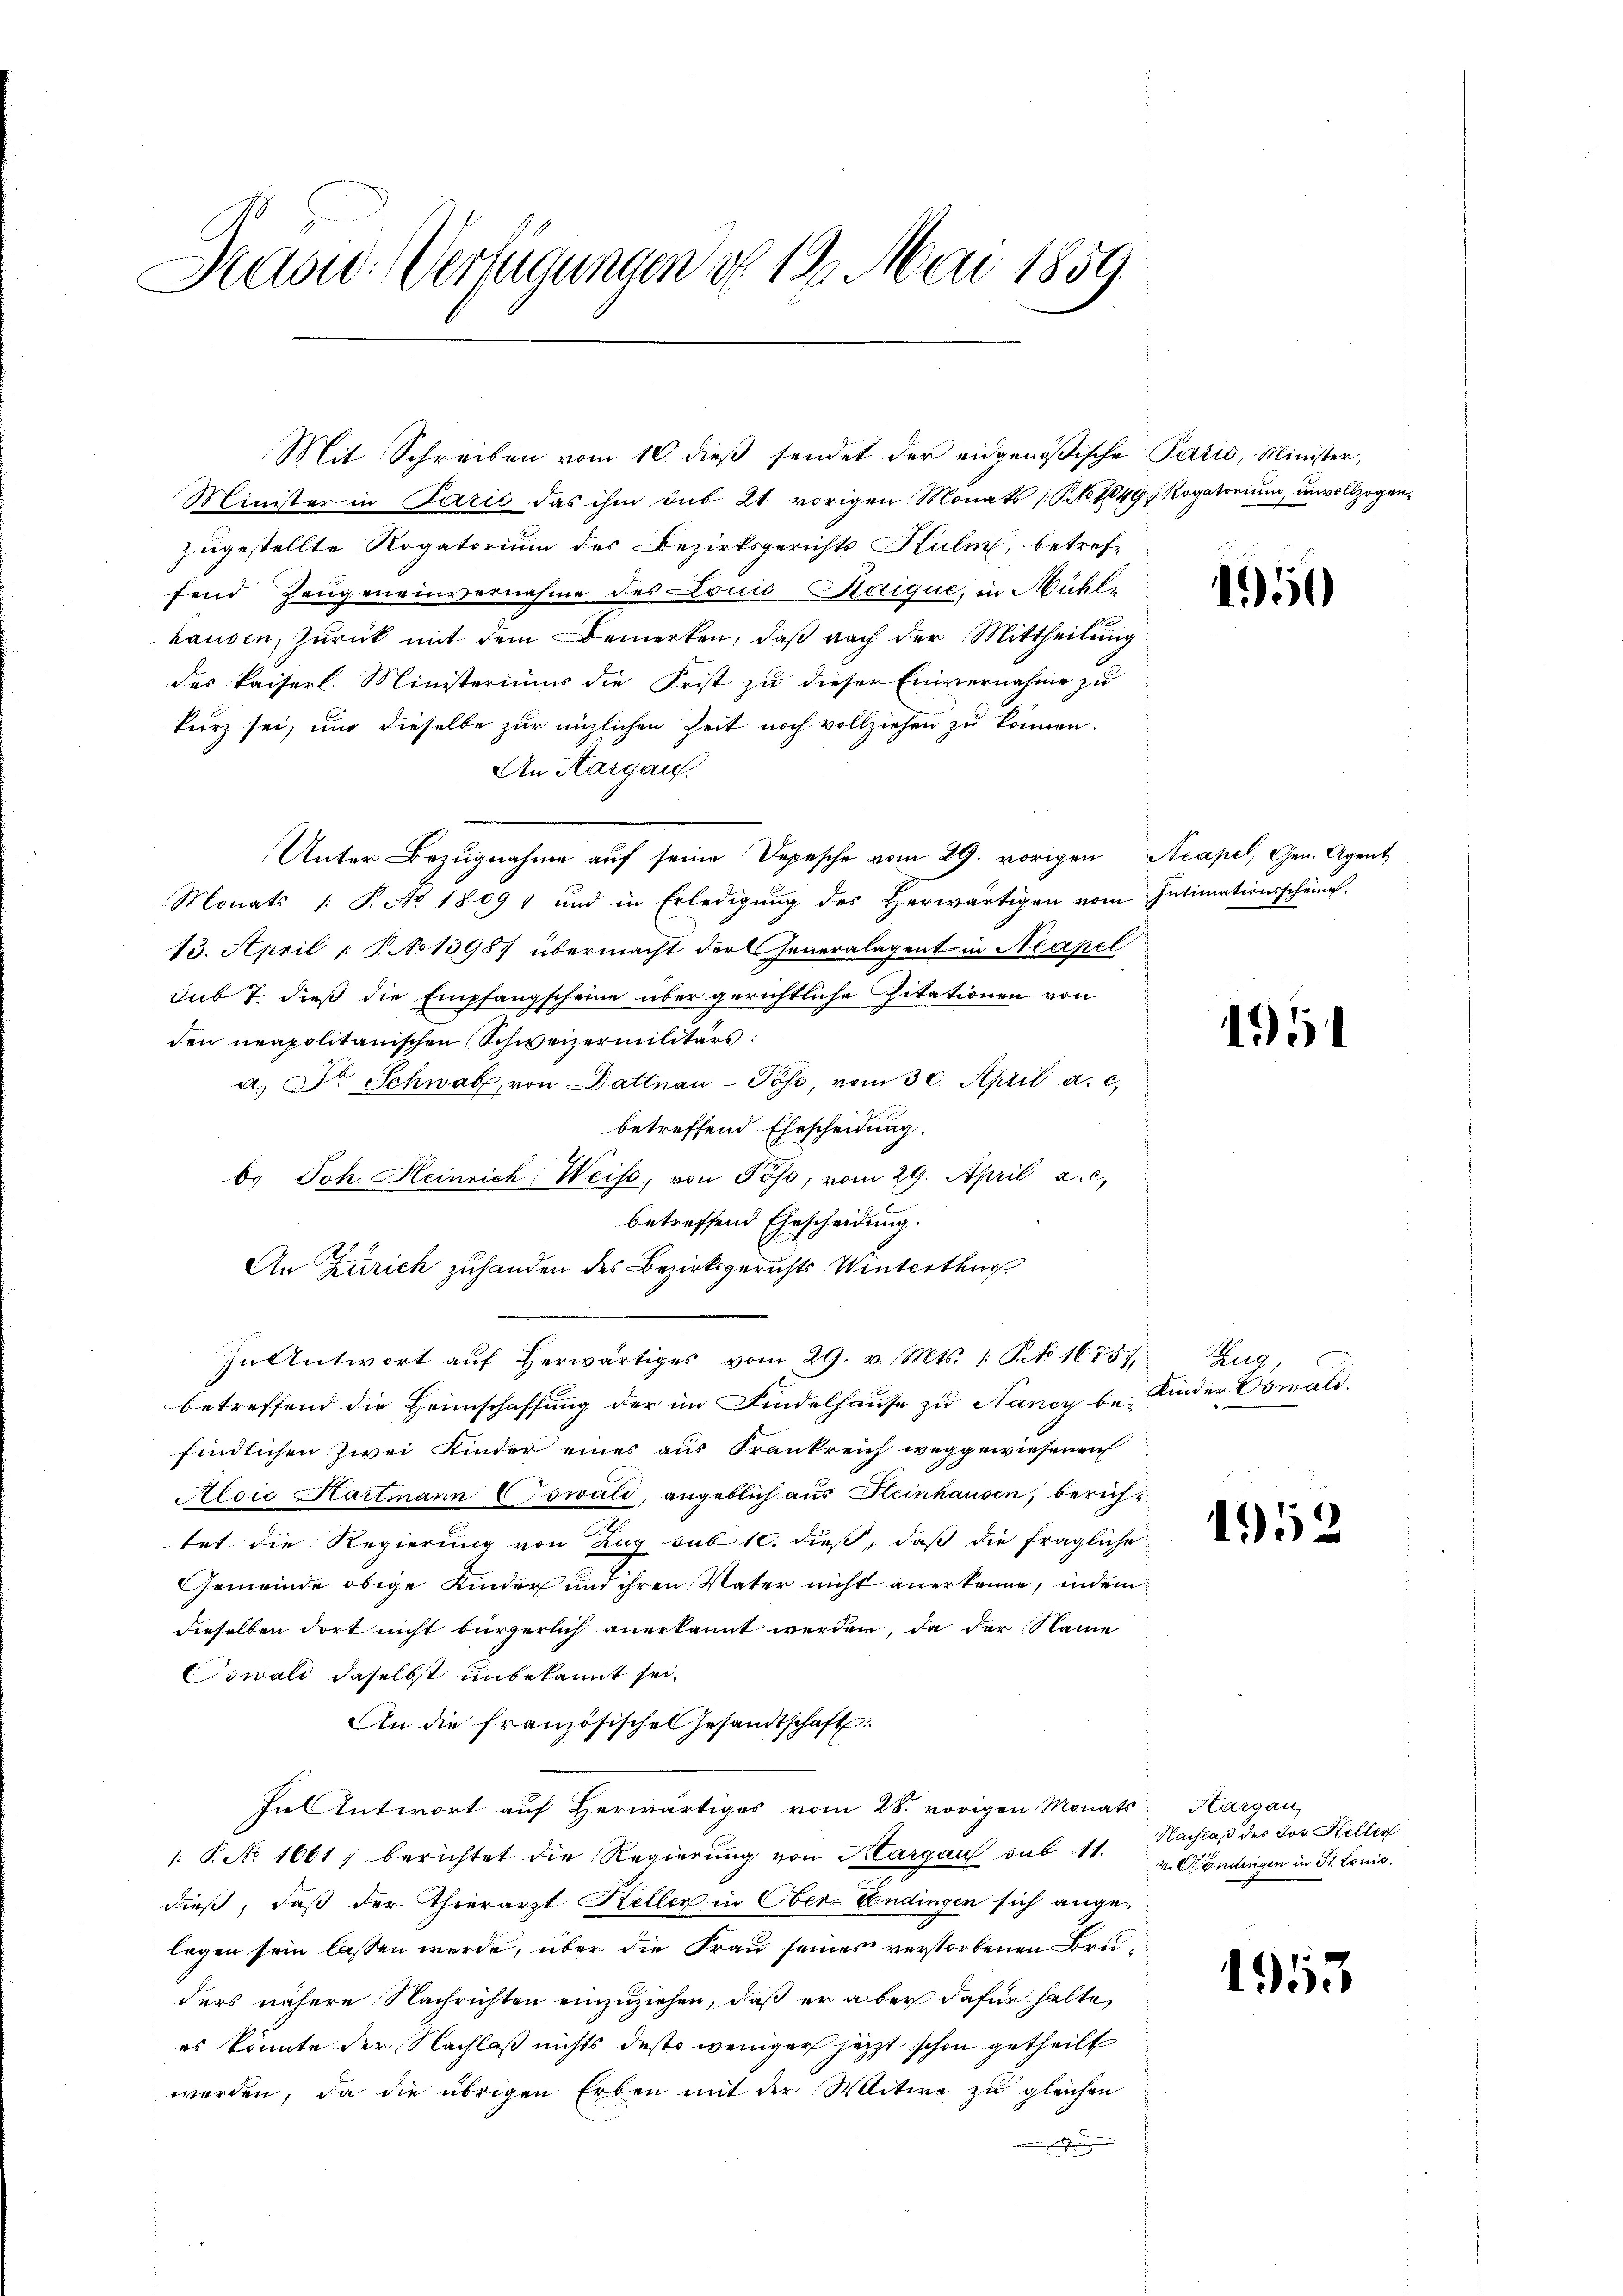
Kasw. Verfügungen do 19. Mai 1859.

Minister in Paris das ihm sub 21. vorigen Monats [No 1049, Rogatorium, unvollzogen,
zugestellte Rogatorium des Bezirksgerichts Kulm, betreffend Zeugeneinvernahme des Louić-Kaique, in Mühle
hausen, zurück mit dem Bemerken, daß nach der Mittheilung
des Kaiserl. Ministeriums die Frist zu dieser Einvernahme zu
Kurz sei, und dieselbe zur nützlichen Zeit noch vollziehen zu können.
An Hargau.
Unter Bezugnahme auf seine Depesche vom 29. vorigen
Monats /: P. Ao 1809 1 und in Erledigŭng des herwärtigen vom Intimationsscheine
13. April 1 S. No 1398) übermacht der Generalagent in Neapel
sub 7. dieß die Empfangscheine über gerichtliche Pitationen von
den neapolitanischen Schweizermilitärs:
a. Dr Schwab, von Dattnau-Pöse, vom 30. April a. c.
betreffend Ehescheidung.
b. Joh. Heinrich. Weise, von Poss, vom 29. April a. c.
betreffend Ehescheidung.
.
An Zürich zuhanden des Bezirksgerichts Winterthur
In Antwort aŭf herwärtiges vom 29. v. Mts. 1. P. 16751, Zug,
betreffend die Heimschaffung der im Findelhause zu Nancy be Kinder Oswald,
findlichen Zwei Kinder eines aus Frankreich weggewiesenen
Aldić Hartmann (Towali, angeblich aus Heinhausen, berichtet die Regierung von Zug sub 10. dieß, daß die fragliche
Gemeinde obige Kinder und ihren Vater nicht anerkenne, indem
dieselben dort nicht bürgerlich anerkannt werden, da der Name
Oswald daselbst unbekannt sei.
An die französisches Gesandtschaft
In Antwort auf Herwärtiges vom 28. vorigen Monats-Kargau,
1: P. No 1061, berichtet die Regierung von Margau sub 11.
dieß, daß der Thierarzt Keller in Ober-Endingen sich angelegen sein lassen werde, über die Frau seines verstorbenen Bruders nähere Nachrichten einzuziehen, daß er aber dafür halte,
es könnte der Nachlaß nichts desto weniger jetzt schon getheilt
werden, da die übrigen Erben mit der Witwe zu gleichen
.

Mit Schreiben vom 10. dieß sendet der eidgenößische Paris, Minister,

150

Acapel, Gen. Agent

1951

152

Nachlaß des Jos. Keller
v. Mondingen in St. Louis.

1955